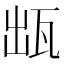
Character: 𤬷